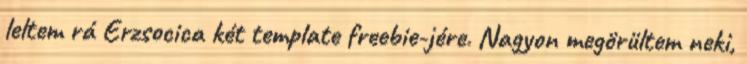
leltem rá Erzsocica két template freebie-jére. Nagyon megörültem neki,